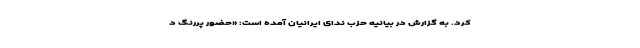
کرد. به گزارش در بیانیه حزب ندای ایرانیان آمده است: «حضور پررنگ د